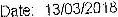
DATE: 13/03/2018